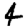
Digit: 4